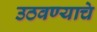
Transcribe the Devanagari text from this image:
उठवण्याचे